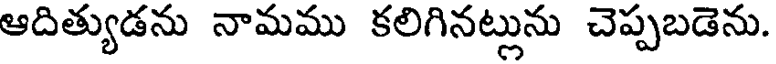
ఆదిత్యుడను నామము కలిగినట్లును చెప్పబడెను.